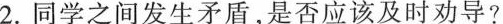
2.同学之间发生矛盾，是否应该及时劝导?